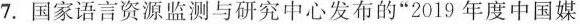
7.国家语言资源监测与研究中心发布的”2019年度中国媒